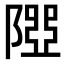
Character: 𨻉